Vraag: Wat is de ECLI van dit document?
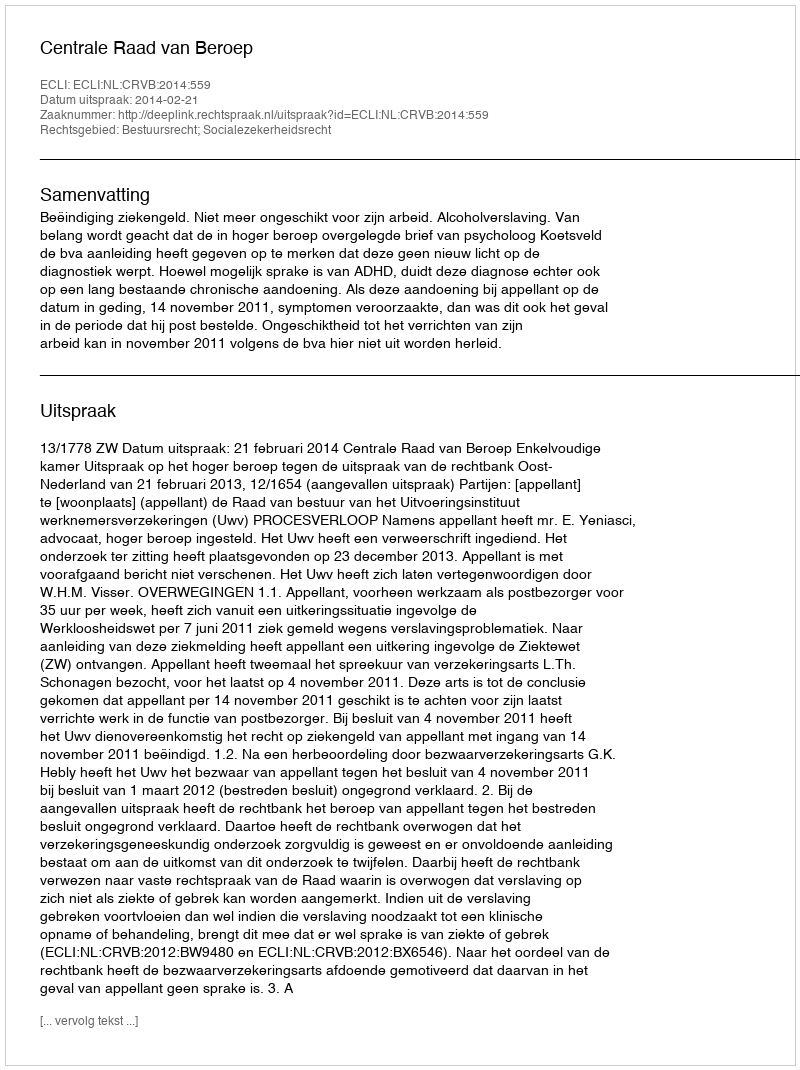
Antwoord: ECLI:NL:CRVB:2014:559